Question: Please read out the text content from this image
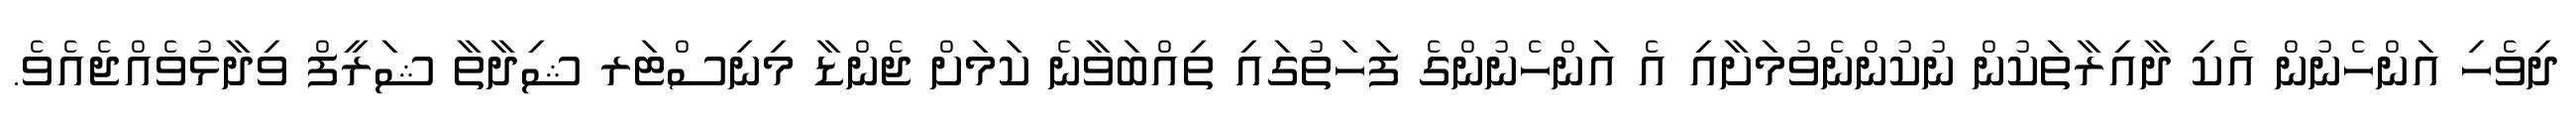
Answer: ދިވެހި އަންހެނުން އެކި ދާއިރާތަކުން ނުކުންނެވުމަށާއި އެ އަންހެނުންގެ ފަހަތުގައި ތިއްބަވާނެ ކަމަށް ޖެންޑާ މިނިސްޓަރ ޝިދާތާ ޝަރީފް ވިދާޅުވެއްޖެއެވެ.